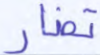
تضار